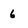
Character: 6